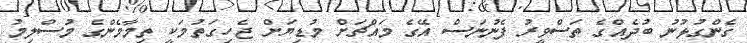
ގެންގުޅުނު ބުދެއްގެ ތަސްވީރު ފެނުނަސް އޭގެ މައްޗަށް މުޑިޔަށް ޖެހިގަތުމަކީ ތިމާމެންގެ މުސްލިމު